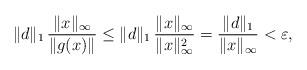
LaTeX: \begin{align*} \|d\|_1\, \dfrac{ \|x\|_{\infty}}{\|g(x)\|}\le \|d\|_1\, \dfrac{\|x\|_{\infty}}{\|x\|_{\infty}^2}=\dfrac{\|d\|_1}{\|x\|_{\infty}}<\varepsilon,\end{align*}